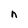
Character: n